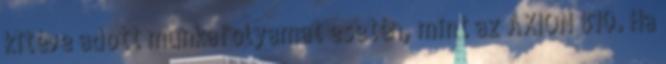
kitéve adott munkafolyamat esetén, mint az AXION 810. Ha